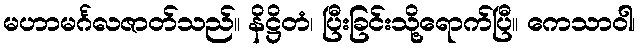
မဟာမင်္ဂလဇာတ်သည်။ နိဋ္ဌိတံ၊ ပြီးခြင်းသို့ရောက်ပြီ။ ကေသာဝါ၊